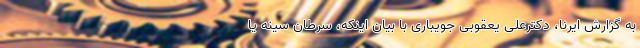
به گزارش ایرنا، دکترعلی یعقوبی جویباری با بیان اینکه، سرطان سینه یا